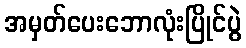
အမှတ်ပေးဘောလုံးပြိုင်ပွဲ